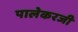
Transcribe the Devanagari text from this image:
पालेकरजी